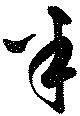
半